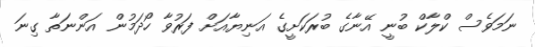
ނަމަވެސް ކްލާކް ބުނީ އޭނާގެ ބުރަކަށީގެ އަނިޔާއަށް ފަރުވާ ހޯދަމުން އަންނަތާ ގިނަ